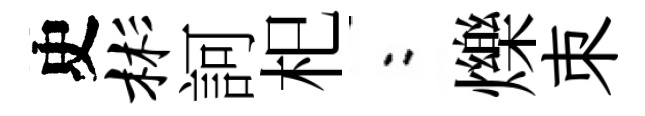
史彬訶𣏌欸爍朿